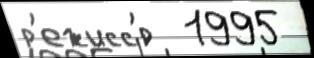
р'ежисс'́р  1995